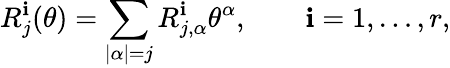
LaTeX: R_{j}^{\mathbf{i}}(\theta)=\sum_{|\alpha|=j}R_{j,\alpha}^{\mathbf{i}}\theta^{\alpha},\qquad\mathbf{i}=1,\ldots,r,